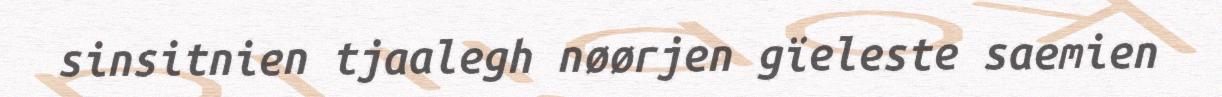
sinsitnien tjaalegh nøørjen gïeleste saemien